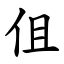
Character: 伹